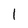
Character: 1